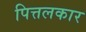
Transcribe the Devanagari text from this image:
पित्तलकार